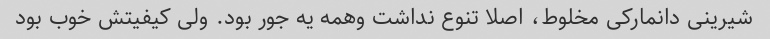
شیرینی دانمارکی مخلوط، اصلا تنوع نداشت وهمه یه جور بود. ولی کیفیتش خوب بود